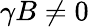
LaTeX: \gamma B\neq 0